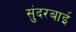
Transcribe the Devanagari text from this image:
सुंदरबाई